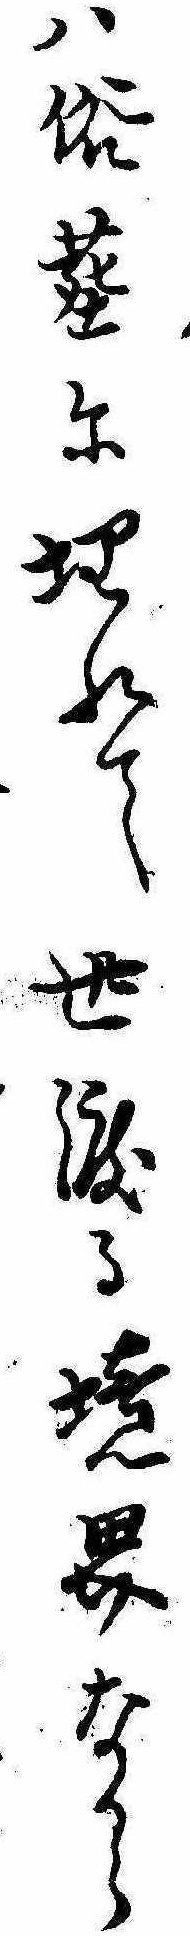
は俗塵に埋れて世渡る境界なから